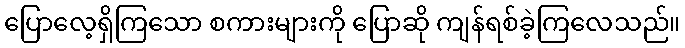
ပြောလေ့ရှိကြသော စကားများကို ပြောဆို ကျန်ရစ်ခဲ့ကြလေသည်။